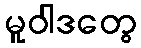
မူဝါဒတွေ